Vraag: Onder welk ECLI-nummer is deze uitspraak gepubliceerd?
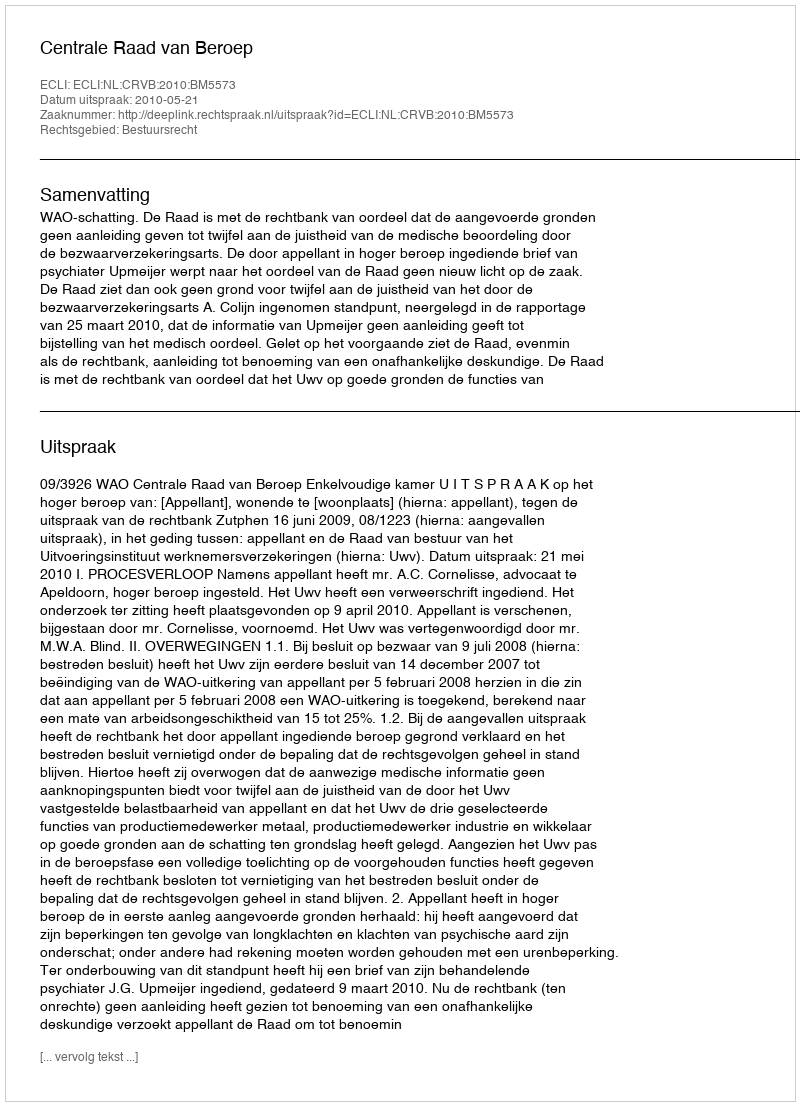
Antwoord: ECLI:NL:CRVB:2010:BM5573